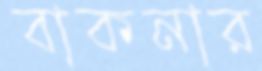
বাকনার